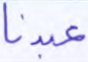
عبدنا